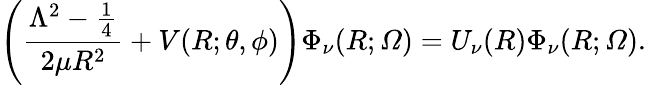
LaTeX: \left(\frac{\Lambda^{2}-\frac{1}{4}}{2\mu R^{2}}+V(R;\theta,\phi)\right)\Phi_{\nu}(R;\varOmega)=U_{\nu}(R)\Phi_{\nu}(R;\varOmega).